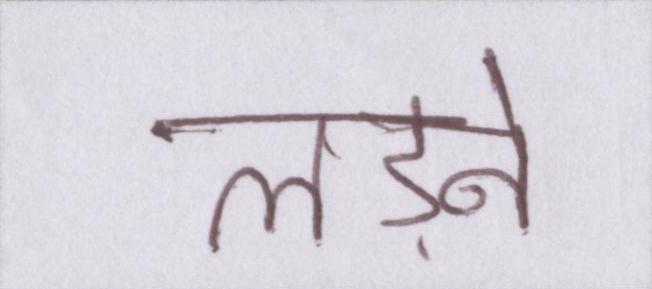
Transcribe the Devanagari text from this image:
लड़ने